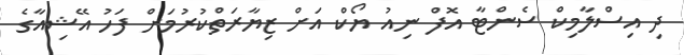
ދި އިސްލާމިކް ސެންޓާ އޮފް ނިއު ޔޯކް އަށް ޒިޔާރަތްކުރުމަށް ފަހު އޭޝިއާގެ